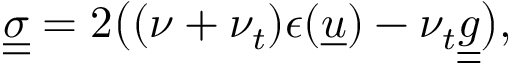
\underline { { \underline { { \sigma } } } } = 2 \big ( ( \nu + \nu _ { t } ) \epsilon ( \underline { { u } } ) - \nu _ { t } \underline { { \underline { { g } } } } \big ) ,